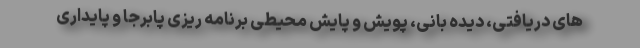
های دریافتی، دیده بانی، پویش و پایش محیطی برنامه ریزی پابرجا و پایداری